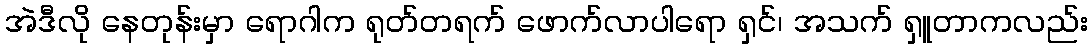
အဲဒီလို နေတုန်းမှာ ရောဂါက ရုတ်တရက် ဖောက်လာပါရော ရှင်၊ အသက် ရှူတာကလည်း